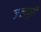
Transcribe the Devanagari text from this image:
जलपुरी